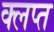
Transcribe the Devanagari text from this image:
क्लप्त